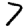
Digit: 7